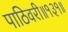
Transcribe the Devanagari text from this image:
पाठिवरी॥१३१॥